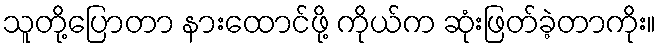
သူတို့ပြောတာ နားထောင်ဖို့ ကိုယ်က ဆုံးဖြတ်ခဲ့တာကိုး။